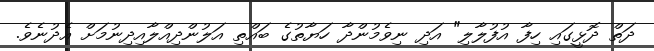
ދަތް ދޮޅީގައި ހިފާ އުފުލާލި" އަދި ނިވެމުންދާ ހަޔާތުގެ ބައްތި އަލުންދިއްލާއިދިނުމަށް އެދުނެވެ.